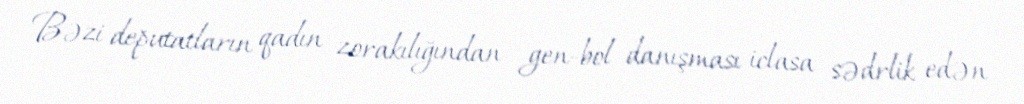
Bəzi deputatların qadın zorakılığından gen-bol danışması iclasa sədrlik edən